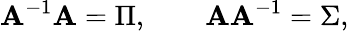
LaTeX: \mathbf{A}^{-1}\mathbf{A}=\Pi,\qquad\mathbf{A}\mathbf{A}^{-1}=\Sigma,